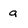
Character: g